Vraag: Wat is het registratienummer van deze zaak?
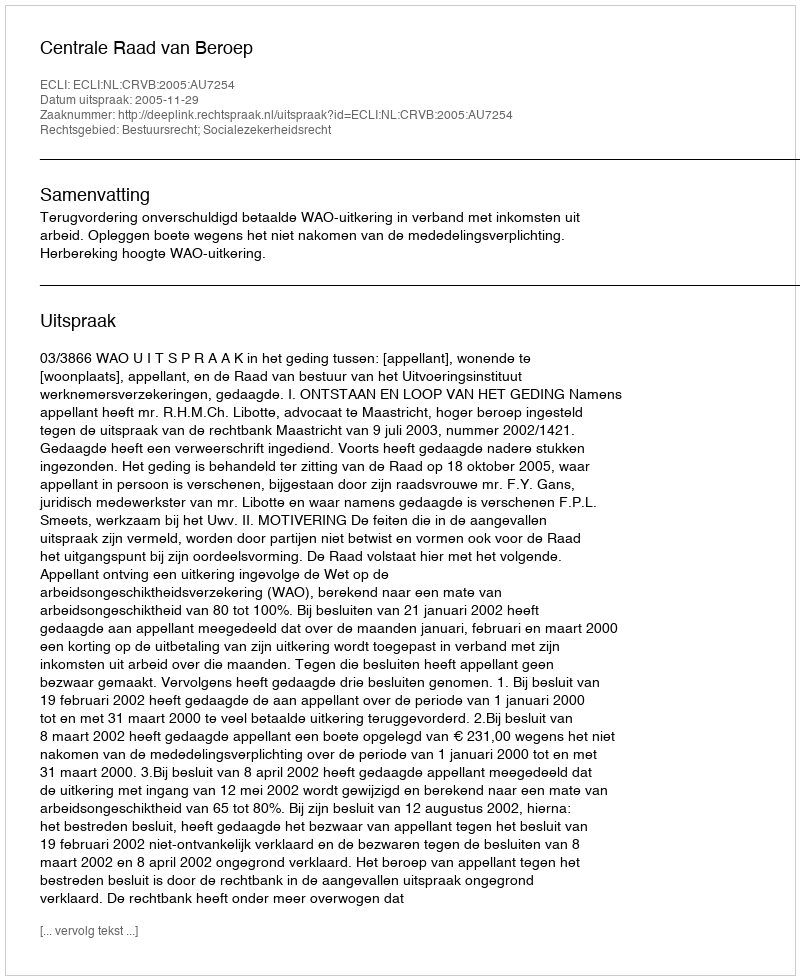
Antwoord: http://deeplink.rechtspraak.nl/uitspraak?id=ECLI:NL:CRVB:2005:AU7254